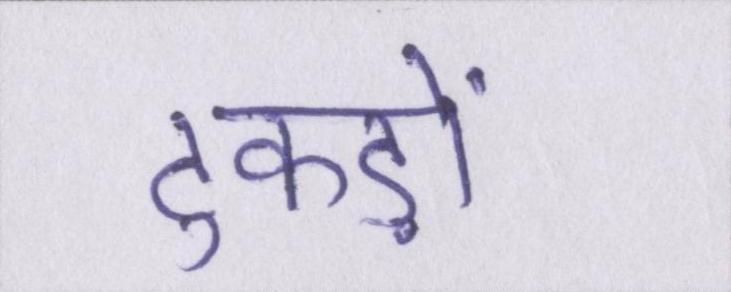
टुकड़ों